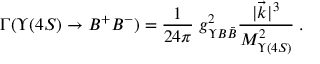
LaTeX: \Gamma ( \Upsilon ( 4 S ) \to B ^ { + } B ^ { - } ) = \frac { 1 } { 2 4 \pi } \; g _ { \Upsilon B \bar { B } } ^ { 2 } \frac { | \vec { k } | ^ { 3 } } { M _ { \Upsilon ( 4 S ) } ^ { 2 } } \; .